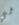
لي